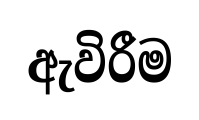
ඇවිරීම